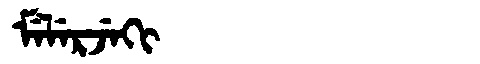
Manchu: ᠮᡝᠯᡝᡵᠵᡝᡴᡳ
Romanization: MELERJEKI